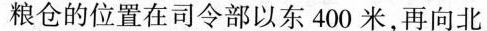
粮仓的位置在司令部以东400米，再向北